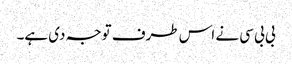
بی بی سی نے اس طرف توجہ دی ہے۔